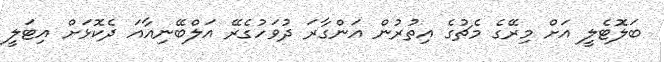
ބަލޮޓެލީ އަށް މިރޭގެ މެޗުގެ އިތުރުން އަންގާރަ ދުވަހުގެރޭ އަލްބޭނިއާއަ ދެކޮޅަށް އިޓަލީ